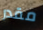
مقدر